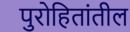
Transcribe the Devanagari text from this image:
पुरोहितांतील